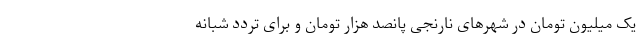
یک میلیون تومان در شهرهای نارنجی پانصد هزار تومان و برای تردد شبانه